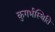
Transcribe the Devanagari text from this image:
कुगर्भस्थिति